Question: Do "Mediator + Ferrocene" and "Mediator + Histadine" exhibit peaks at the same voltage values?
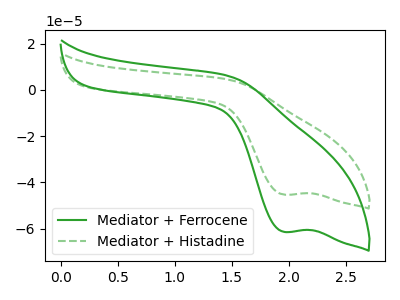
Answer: <think>The green curve "Mediator + Ferrocene" has a cathodic peak at: (1.95V, -61.40uA). The green dashed curve "Mediator + Histadine" has a cathodic peak at: (1.95V, -45.30uA).</think>
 <answer>Yes, "Mediator + Ferrocene" have a peak in "Mediator + Histadine" at the same potential.</answer>
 <eval>match</eval>